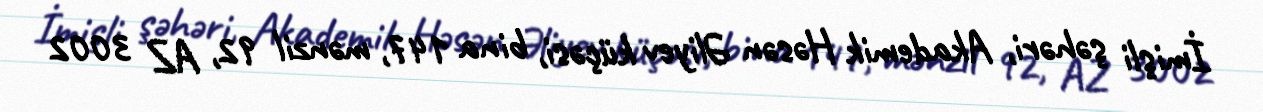
İmişli şəhəri, Akademik Həsən Əliyev küçəsi, bina 147, mənzil 92, AZ 3002